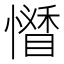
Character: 𢣊